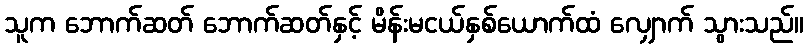
သူက ဘောက်ဆတ် ဘောက်ဆတ်နှင့် မိန်းမငယ်နှစ်ယောက်ထံ လျှောက် သွားသည်။